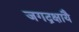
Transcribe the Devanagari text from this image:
जगद्रक्षायै